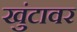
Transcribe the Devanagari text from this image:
खुंटावर